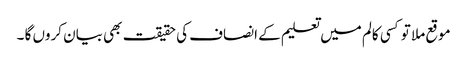
موقع ملا تو کسی کالم میں تعلیم کے انصاف کی حقیقت بھی بیان کروں گا ۔